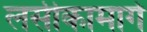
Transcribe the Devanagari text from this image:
लसीकामार्ग